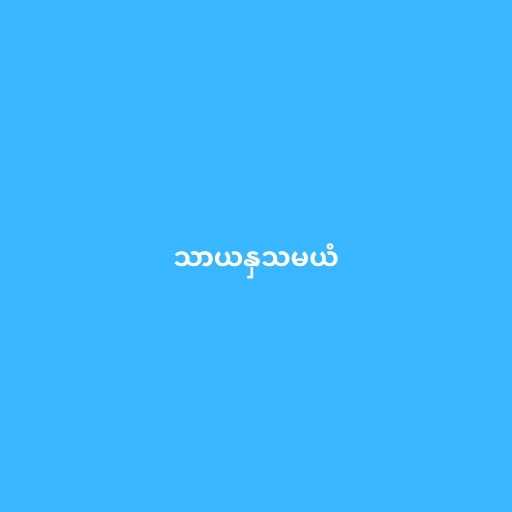
သာယနှသမယံ